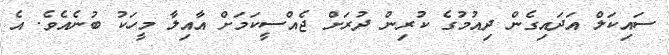
ސައިކަލް އަދައިގެން ދިއުމުގެ ކުރިން ދުރަށް ޖެއްސީކަމަށް އާއިލާ މީހަކު ބުނެއެވެ. އެ